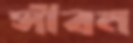
সীবন